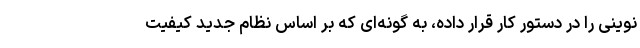
نوینی را در دستور کار قرار داده، به گونه‌ای که بر اساس نظام جدید کیفیت